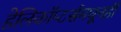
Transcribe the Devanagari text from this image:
हेलिकॉप्टर्समधूनही